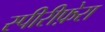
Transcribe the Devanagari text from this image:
स्पीरीफ़ेरा